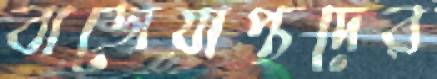
বাজেয়াপ্তদের